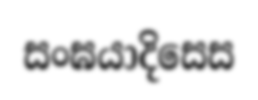
සංඝයාදිසෙස